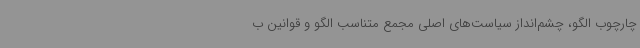
چارچوب الگو، چشم‌انداز سیاست‌های اصلی مجمع متناسب الگو و قوانین ب